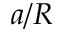
a / R